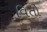
વિતો